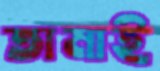
তামাই